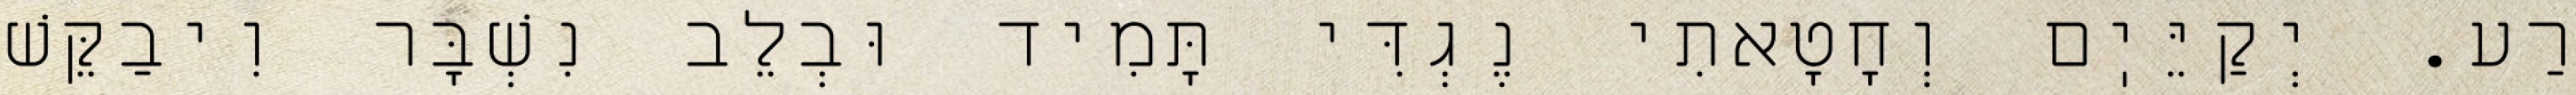
רַע. יְקַיֵּיֽם וְחָטָאתִי נֶגְדִּי תָּמִיד וּבְלֵב נִשְׁבָּר וִיבַקֵּשׁ